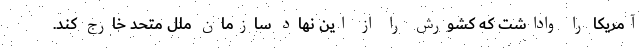
آمریکا را واداشت که کشورش را از این نهاد سازمان ملل متحد خارج کند.